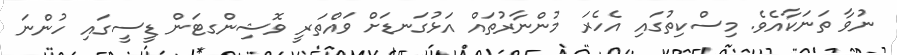
ނުވާ ތަނަކާއެވެ. މިސްކިތުގައި އެހެރަ މުންނާރުތައް އަޅުގަނޑަށް ވައްތަރީ ވޮޝިންގޓަން ޑީސީގައި ހުންނަ